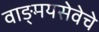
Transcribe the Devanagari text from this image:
वाङ्मयसेवेचे